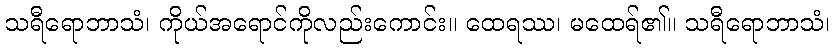
သရီရောဘာသံ၊ ကိုယ်အရောင်ကိုလည်းကောင်း။ ထေရဿ၊ မထေရ်၏။ သရီရောဘာသံ၊